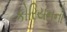
કોરિયનનો